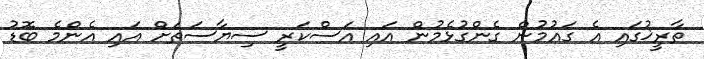
ތާރީޚުގައި އެ ގައުމުން ގެންގުޅެމުން އައި އަސްކަރީ ސިޔާސަތަށް އައި އެންމެ ބޮޑު